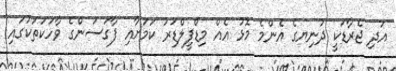
އަދި ޖެރާޑަކީ ދުނިޔގެ އެންމެ މޮޅު އެއް މިޑްފީލްޑަރު ކަމަށާއި ފާގަސަންގެ ވާހަކަތަކުގައި